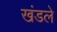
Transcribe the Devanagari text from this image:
खंडले